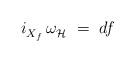
LaTeX: \begin{align*} i_{X_f}^{} \, \omega_{\mathcal{H}}^{}~=~df\end{align*}